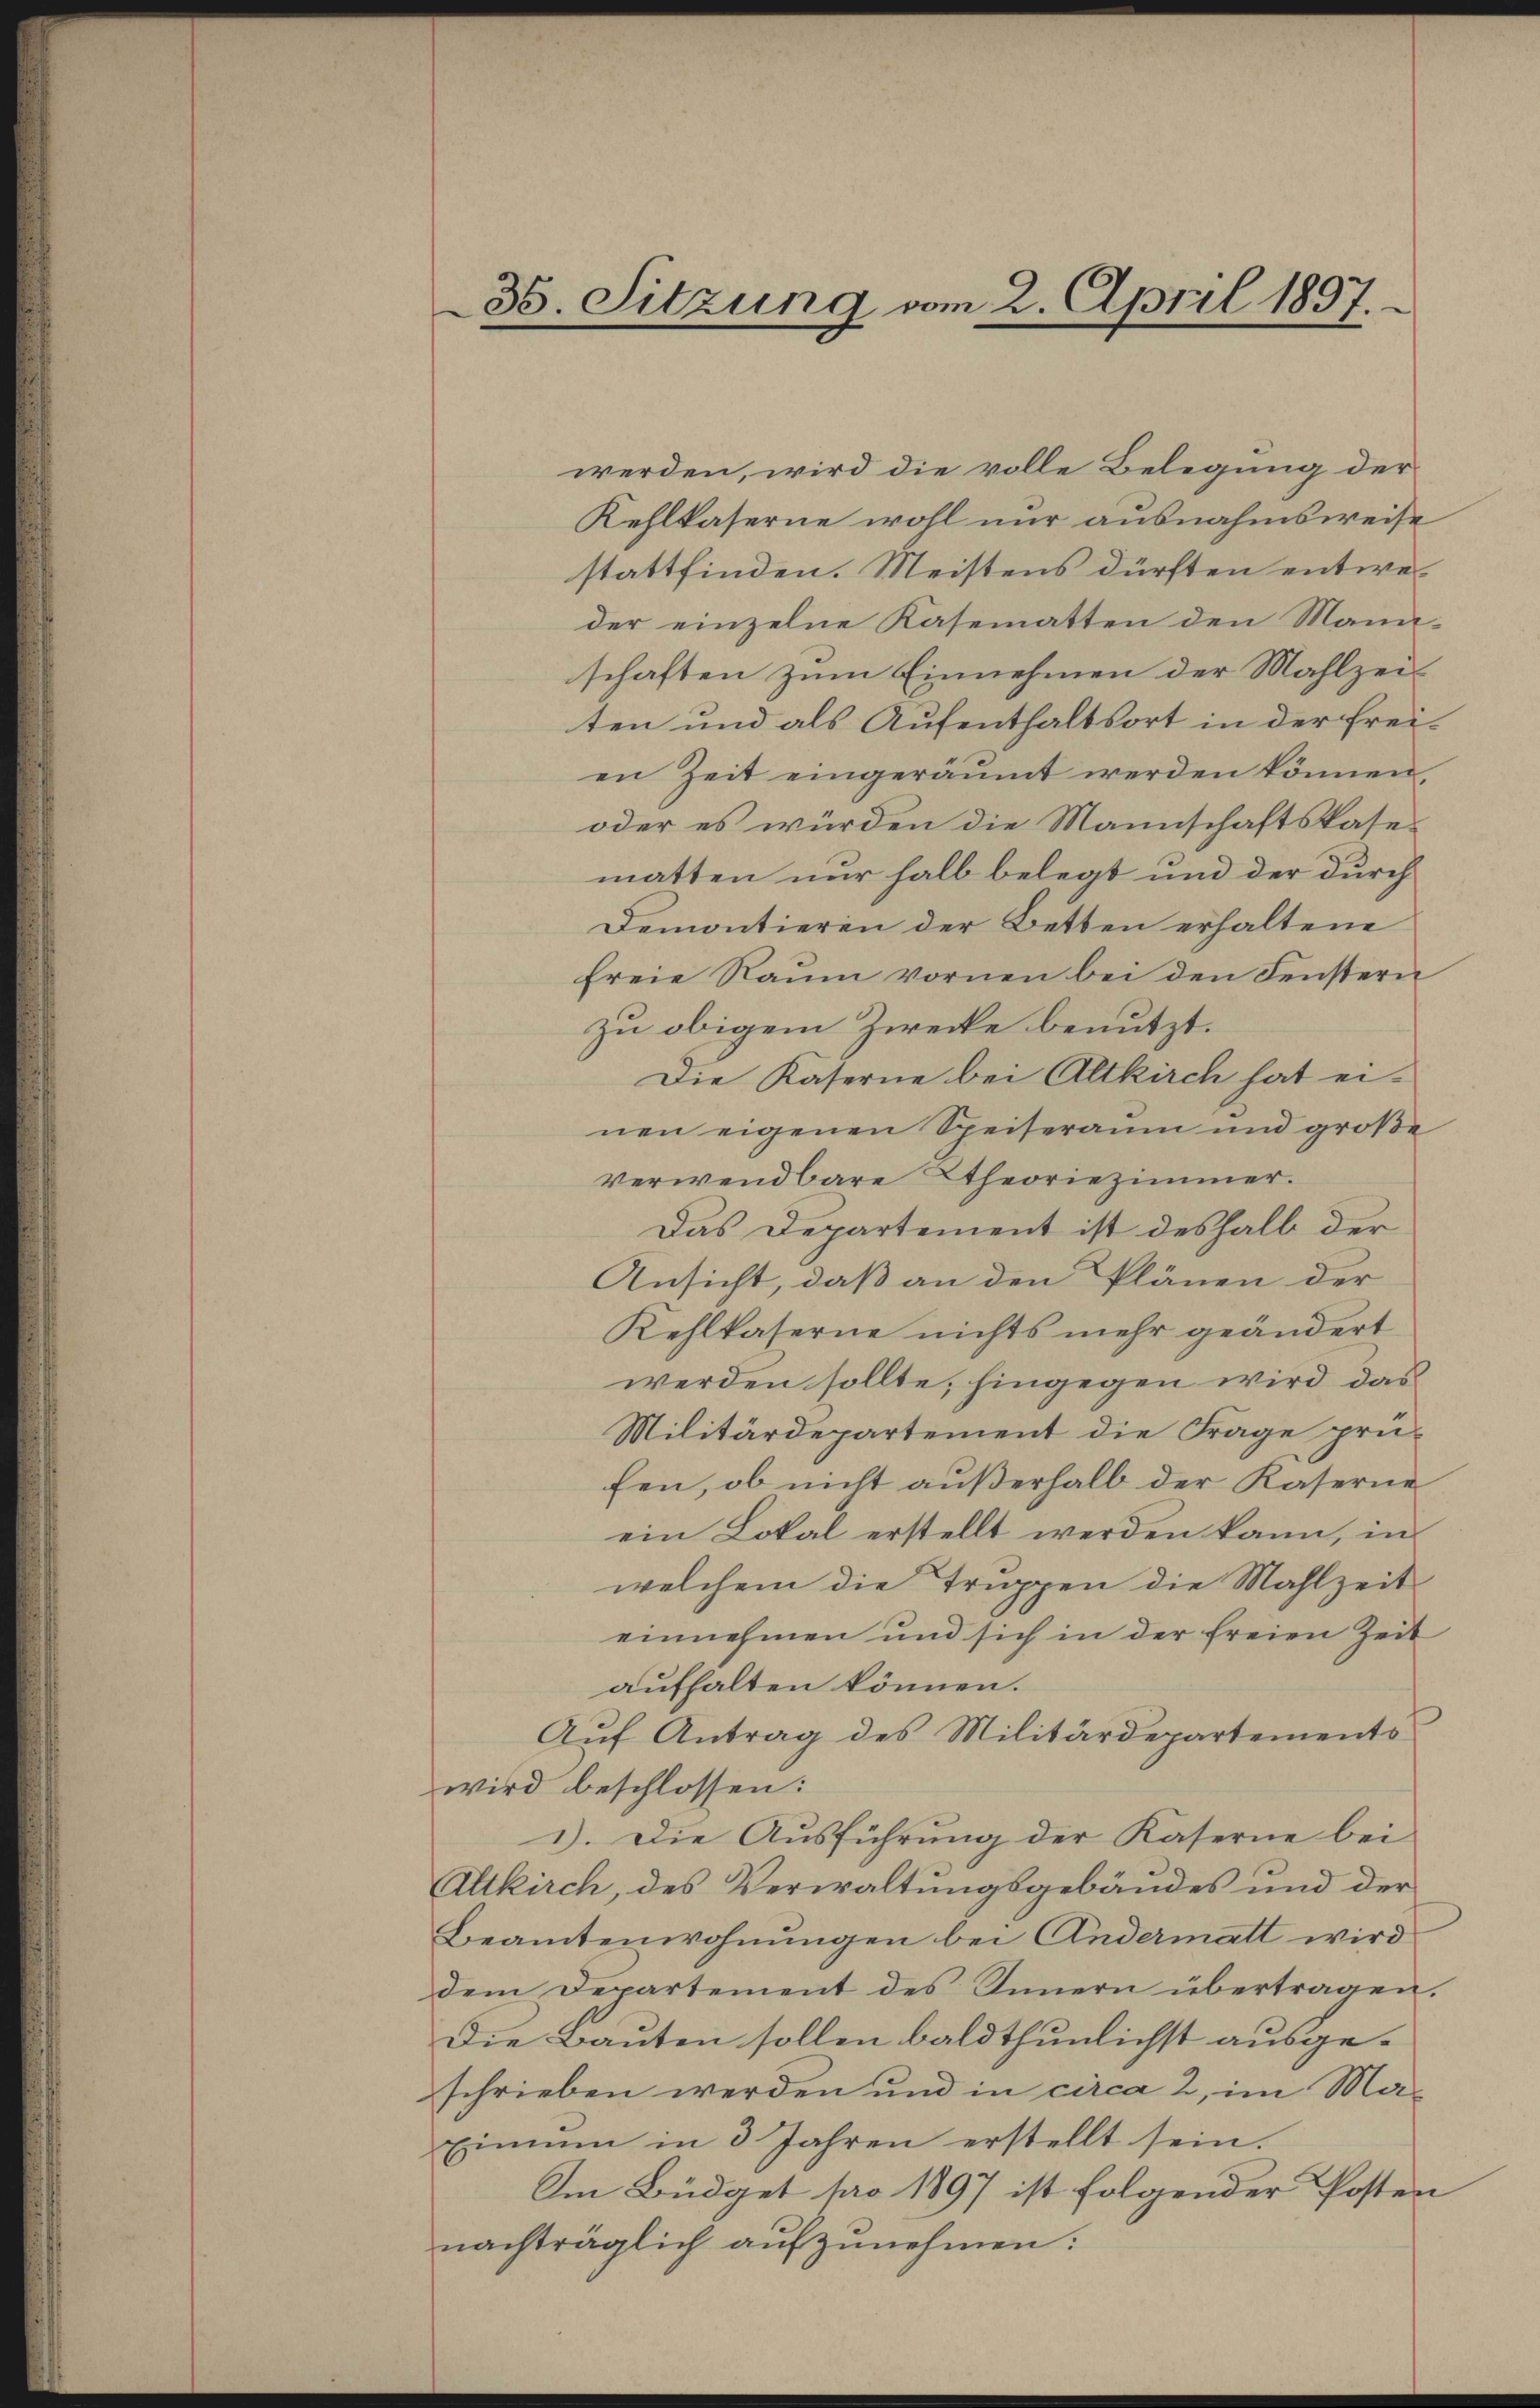
35. Sitzung vom 2. April 1897.

werden, wird die volle Belegung der
Kehlkaserne wohl nur ausnahmsweise
stattfinden. Meistens dürften entweder einzelne Kasematten den Mann-
schaften zum Einnehmen der Mahlzeiten und als Aufenthaltsort in der Freien Zeit eingeräumt werden können,
oder es würden die Mannschaftskasematten nur halb belegt und der durch
Demontieren der Betten erhaltene
freie Raŭm vornen bei den Fenstern
zu obigem Zwecke benutzt.
Die Kaserne bei Altkirch hat ei-
nen eigenen Speiseraum und große
verwendbare Theoriezimmer.
Das Departement ist deshalb der
Ansicht, daß an den Plänen der
Kehlkaserne nichts mehr geändert
werden sollte, hingegen wird das
Militärdepartement die Frage prüfen, ob nicht außerhalb der Kaserne
ein Lokal erstellt werden kann, in
welchem die Truppen die Mahlzeit
einnehmen und sich in der freien Zeit
aufhalten können.
Auf Antrag des Militärdepartements
wird beschlossen:
1). Die Aŭsführŭng der Kaserne bei
Altkirch, des Verwaltungsgebäudes und der
Beamtenwohnungen bei Andermatt wird
dem Departement des Sinnern übertragen.
Die Bauten sollen bald thunlichst ausgeschrieben werden und in circa 2, im Ma¬
Einmen in 3 Jahren erstellt sein.
Am Büdget pro 1897 ist folgender Posten
nachträglich aufzunehmen: